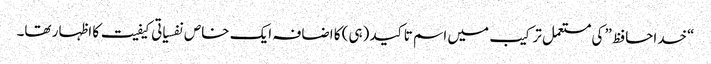
“خداحافظ” کی مستعمل ترکیب میں اسم تاکید (ہی) کا اضافہ ایک خاص نفسیاتی کیفیت کا اظہار تھا۔